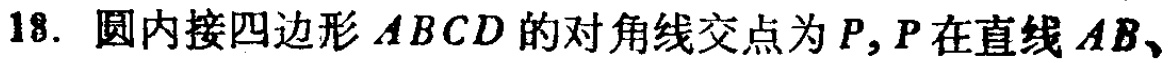
18. 圆内接四边形 \(ABCD\) 的对角线交点为 \(P\)，\(P\) 在直线 \(AB\)、